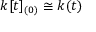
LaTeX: k [ t ] _ { ( 0 ) } \cong k ( t )